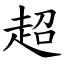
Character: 超